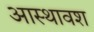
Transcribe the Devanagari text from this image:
आस्थावश